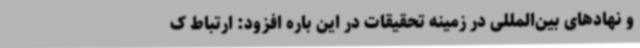
و نهادهای بین‌المللی در زمینه تحقیقات در این باره افزود: ارتباط ک